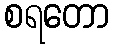
စရတော